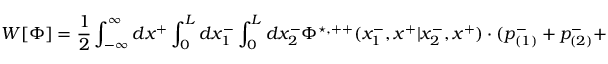
W [ { \Phi } ] = \frac { 1 } { 2 } \int _ { - \infty } ^ { \infty } d x ^ { + } \int _ { 0 } ^ { L } d x _ { 1 } ^ { - } \int _ { 0 } ^ { L } d x _ { 2 } ^ { - } { \Phi } ^ { \star , + + } ( x _ { 1 } ^ { - } , x ^ { + } | x _ { 2 } ^ { - } , x ^ { + } ) \cdot ( p _ { ( 1 ) } ^ { - } + p _ { ( 2 ) } ^ { - } +